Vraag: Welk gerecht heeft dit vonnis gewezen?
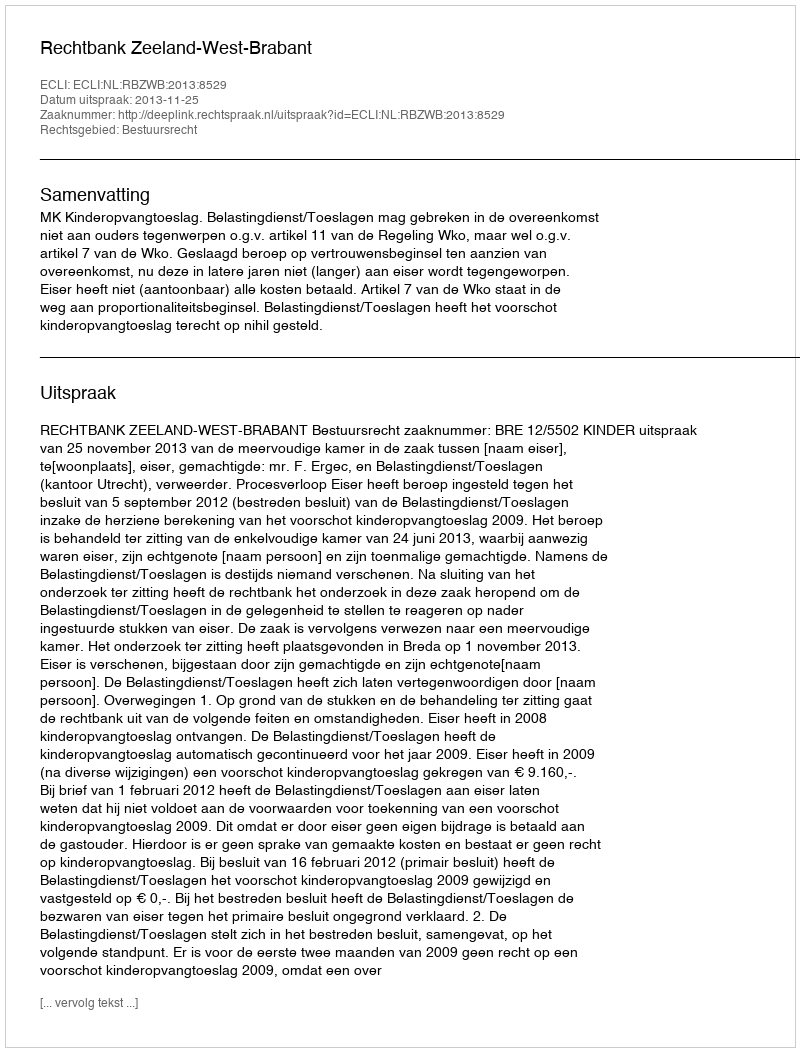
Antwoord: Rechtbank Zeeland-West-Brabant